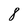
Character: 8